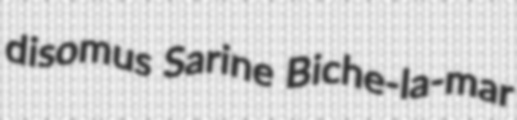
disomus Sarine Biche-la-mar